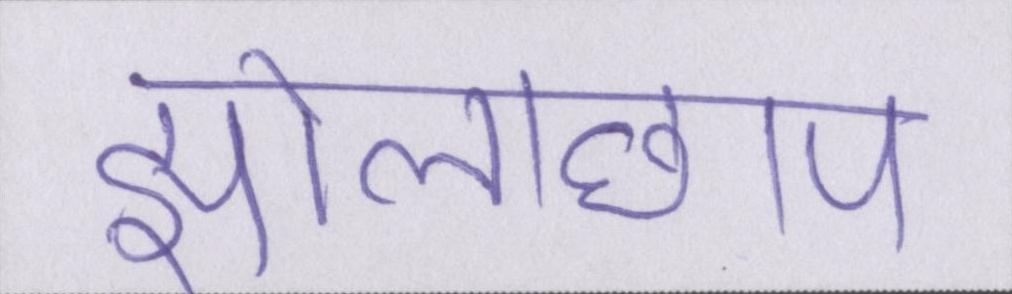
झोलाछाप